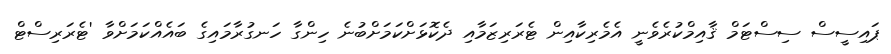
ޕައިސީސް ސިސްޓަމް ޤާއިމްކުރެވެނީ އެމެރިކާއިން ޓެރަރިޒަމާއި ދެކޮޅަށްކަމަށްބުނެ ހިންގާ ހަނގުރާމައިގެ ބައެއްކަމަށްވާ 'ޓެރަރިސްޓް